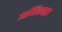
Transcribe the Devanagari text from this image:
अधिकता।